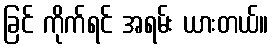
ခြင် ကိုက်ရင် အရမ်း ယားတယ်။